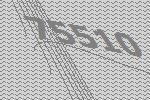
75510